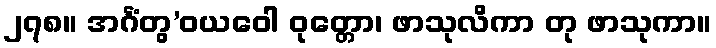
၂၇၈။ အင်္ဂံတွ’ဝယဝေါ ဝုတ္တော၊ ဖာသုလိကာ တု ဖာသုကာ။